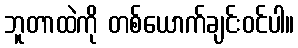
ဘူတာထဲကို တစ်ယောက်ချင်းဝင်ပါ။